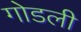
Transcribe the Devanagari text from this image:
गोडली